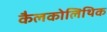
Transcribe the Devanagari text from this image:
कैलकोलिथिक